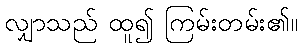
လျှာသည် ထူ၍ ကြမ်းတမ်း၏။